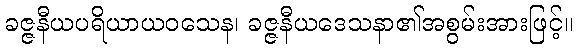
ခဇ္ဇနီယပရိယာယဝသေန၊ ခဇ္ဇနီယဒေသနာ၏အစွမ်းအားဖြင့်။